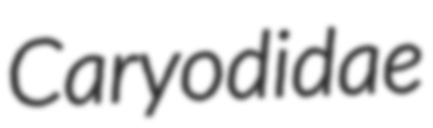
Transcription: Caryodidae